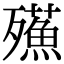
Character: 𣩷